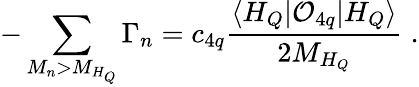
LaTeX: -\sum_{M_{n}>M_{H_{Q}}}\Gamma_{n}=c_{4q}\frac{\langle H_{Q}|{\cal O}_{4q}|H_{Q}\rangle}{2M_{H_{Q}}}\; .